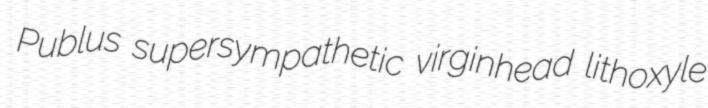
Publus supersympathetic virginhead lithoxyle